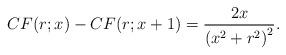
LaTeX: \begin{align*}CF(r;x)-CF(r;x+1)=\frac{2x}{\left(x^2+r^2\right)^2}.\end{align*}